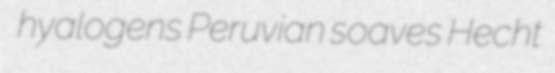
hyalogens Peruvian soaves Hecht